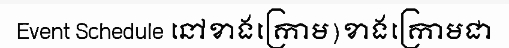
Event Schedule នៅខាងក្រោម)ខាងក្រោមជា